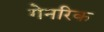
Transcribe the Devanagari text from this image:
गेनरिक